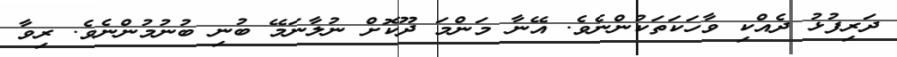
ދަރިފުޅު ދެއްކި ވާހަކަތަކުންނެވެ. އޭނާ މަންމަ ދޫކޮށް ނުލާނަމޭ ބުނި ބުނުމުންނެވެ. ރިވާ